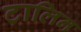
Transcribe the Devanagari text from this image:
टालिन